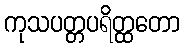
ကုသပတ္တပရိတ္ထတော